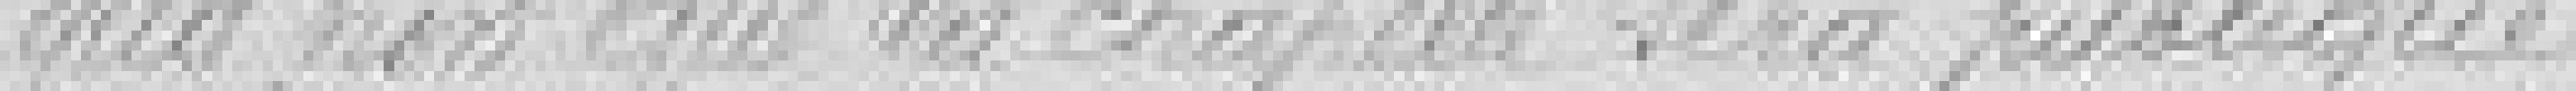
qua non que la chapelle sera publique.